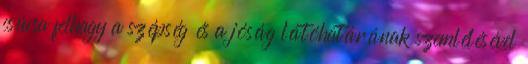
csúcsa felhagy a szépség és a jóság látóhatárának szemlélésével